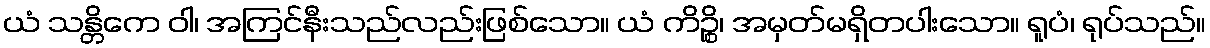
ယံ သန္တိကေ ဝါ၊ အကြင်နီးသည်လည်းဖြစ်သော။ ယံ ကိဉ္စိ၊ အမှတ်မရှိတပါးသော။ ရူပံ၊ ရုပ်သည်။